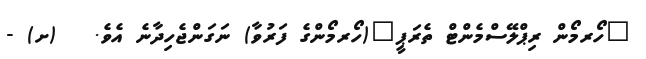
"ހޯރމޯން ރިޕްލޭސްމެންޓް ތެރަޕީ"(ހޯރމޯންގެ ފަރުވާ) ނަގަންޖެހިދާނެ އެވެ.   (ށ) -